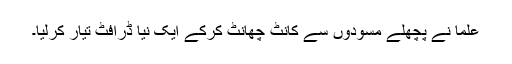
علما نے پچھلے مسودوں سے کانٹ چھانٹ کرکے ایک نیا ڈرافٹ تیار کرلیا۔